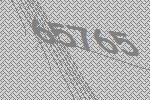
65765